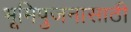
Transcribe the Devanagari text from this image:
भूमिपुजनासाठी